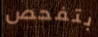
بتفحص